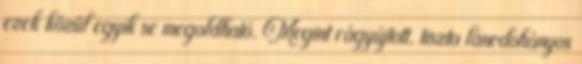
ezek közül egyik se megoldható. Megint rágyújtott, tiszta láncdohányos